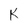
Character: K